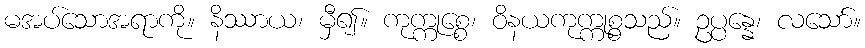
မအပ်သောအရာကို။ နိဿာယ၊ မှီ၍။ ကုက္ကုစ္စေ၊ ဝိနယကုက္ကုစ္စသည်။ ဥပ္ပန္နေ၊ လသော်။